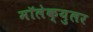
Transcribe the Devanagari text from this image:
मॉलेक्युलर